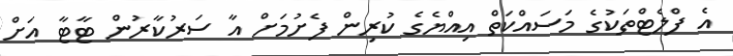
އެ ފްލެޓްތަކުގެ މަސައްކަތް އިއްޔެގެ ކުރިން ފެށުމަށް އާ ސަރުކާރުން ޓާޓާ އަށް